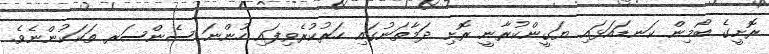
ރޮށީގެ ބޯމިން ކަނޑައަޅައި ޔަގީންކުރާނީ ރޮށި ދަމާތަނުގައި ހަރުކުރެވިފައި ހުންނަ ސެންސަރ ތަކަކުންނެވެ.